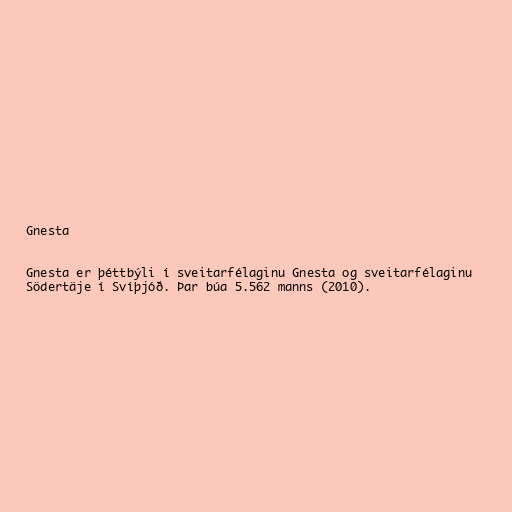
Gnesta

Gnesta er þéttbýli í sveitarfélaginu Gnesta og sveitarfélaginu
Södertäje í Svíþjóð. Þar búa 5.562 manns (2010).